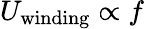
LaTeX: U_{\mathrm{winding}}\propto f